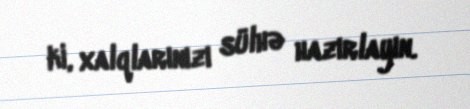
ki, xalqlarınızı sülhə hazırlayın.